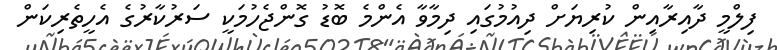
ފިލްމީ ދާއިރާއިން ކުރިޔަށް ދިއުމުގައި ދިމާވާ އެންމެ ބޮޑު ގޮންޖެހުމަކީ ސަރުކާރުގެ އެހީތެރިކަން